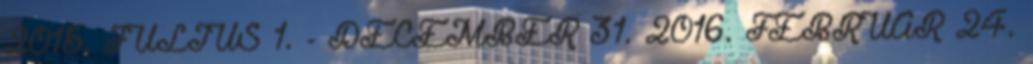
2015. JÚLIUS 1. - DECEMBER 31. 2016. FEBRUÁR 24.